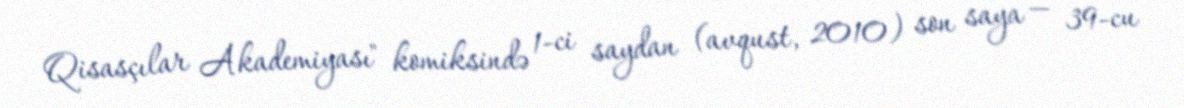
Qisasçılar Akademiyası" komiksində 1-ci saydan (avqust, 2010) son saya — 39-cu